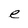
Character: e